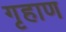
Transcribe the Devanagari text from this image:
गृहाण